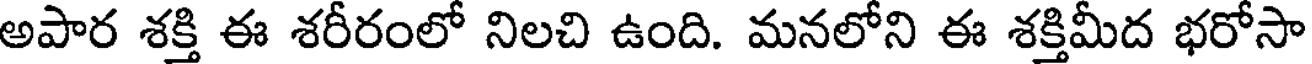
అపార శక్తి ఈ శరీరంలో నిలచి ఉంది. మనలోని ఈ శక్తిమీద భరోసా